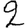
Digit: 2